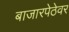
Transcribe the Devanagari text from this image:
बाजारपेठेवर